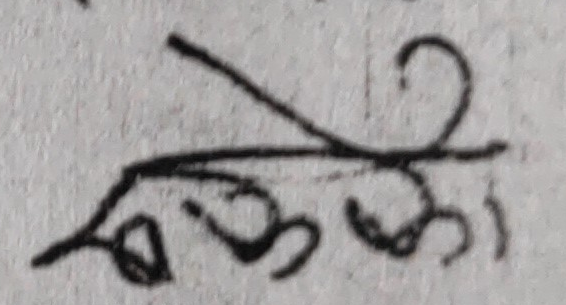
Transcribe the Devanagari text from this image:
स्वर्गका